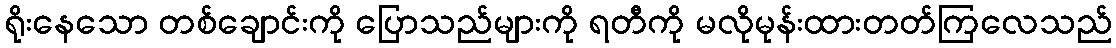
ရိုးနေသော တစ်ချောင်းကို ပြောသည်များကို ရတီကို မလိုမုန်းထားတတ်ကြလေသည်